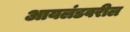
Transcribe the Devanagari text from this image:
आयलंडवरील